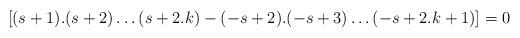
LaTeX: \begin{align*}[(s+1).(s+2)\ldots (s+2.k)-(-s+2).(-s+3)\ldots (-s+2.k+1)]=0 \end{align*}